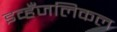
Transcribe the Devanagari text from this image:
इव्हँजलिकल